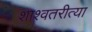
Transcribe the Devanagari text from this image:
शाश्वतरीत्या